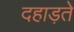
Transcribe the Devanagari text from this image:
दहाड़ते